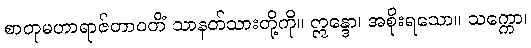
စာတုမဟာရာဇ်တာဝတိံ သာနတ်သားတို့ကို။ ဣန္ဒော၊ အစိုးရသော။ သက္ကော၊